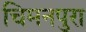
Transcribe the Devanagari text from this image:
चिमनपुरा